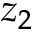
z _ { 2 }